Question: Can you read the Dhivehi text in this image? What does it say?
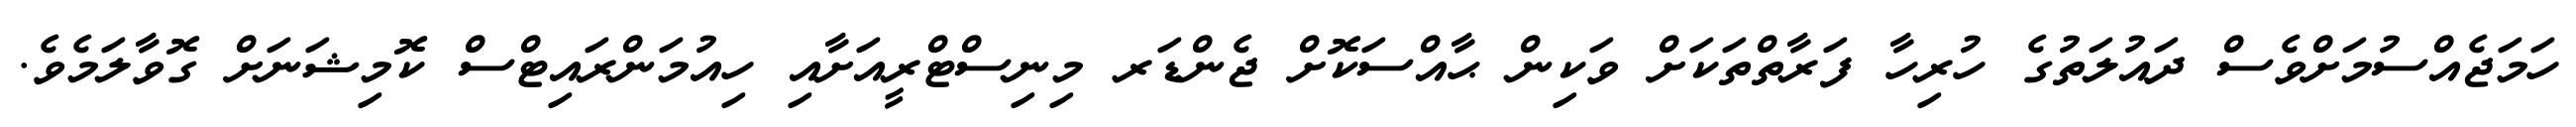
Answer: ހަމަޖެއްސުމަށްވެސް ދައުލަތުގެ ހުރިހާ ފަރާތްތަކަށް ވަކިން ޙާއްސަކޮށް ޖެންޑަރ މިނިސްޓްރީއަށާއި ހިއުމަންރައިޓްސް ކޮމިޝަނަށް ގޮވާލަމެވެ.